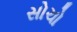
સોચો